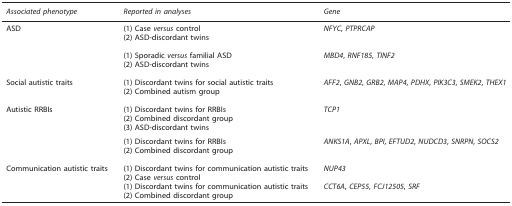
| Associated phenotype | Reported in analyses | Gene |
 | --- | --- | --- |
 | ASD | (1) Case versus control(2) ASD-discordant twins | NFYC, PTPRCAP |
 |  |  |  |
 |  | (1) Sporadic versus familial ASD(2) ASD-discordant twins | MBD4, RNF185, TINF2 |
 |  |  |  |
 | Social autistic traits | (1) Discordant twins for social autistic traits(2) Combined autism group | AFF2, GNB2, GRB2, MAP4, PDHX, PIK3C3, SMEK2, THEX1 |
 |  |  |  |
 | Autistic RRBIs | (1) Discordant twins for RRBIs(2) Combined discordant group(3) ASD-discordant twins | TCP1 |
 |  | (1) Discordant twins for RRBIs(2) Combined discordant group | ANKS1A, APXL, BPI, EFTUD2, NUDCD3, SNRPN, SOCS2 |
 |  |  |  |
 | Communication autistic traits | (1) Discordant twins for communication autistic traits(2) Case versus control | NUP43 |
 |  | (1) Discordant twins for communication autistic traits(2) Combined discordant group | CCT6A, CEP55, FCJ12505, SRF |